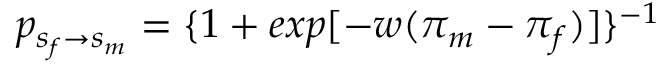
p _ { s _ { f } \to s _ { m } } = \{ 1 + e x p [ - w ( \pi _ { m } - \pi _ { f } ) ] \} ^ { - 1 }